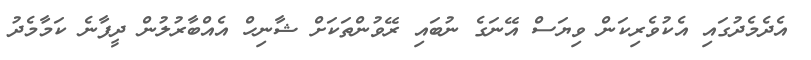
އެދެމެދުގައި އެކުވެރިކަން ވިޔަސް އޭނަގެ ނުބައި ރޭވުންތަކަށް ޝާނިހް އެއްބާރުލުން ދީފާނެ ކަމާމެދު